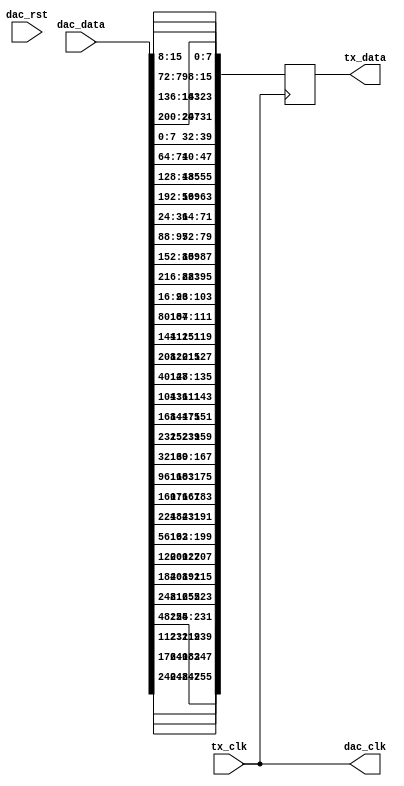
// ***************************************************************************
// ***************************************************************************
// Copyright 2014 - 2017 (c) Analog Devices, Inc. All rights reserved.
//
// In this HDL repository, there are many different and unique modules, consisting
// of various HDL (Verilog or VHDL) components. The individual modules are
// developed independently, and may be accompanied by separate and unique license
// terms.
//
// The user should read each of these license terms, and understand the
// freedoms and responsibilities that he or she has by using this source/core.
//
// This core is distributed in the hope that it will be useful, but WITHOUT ANY
// WARRANTY; without even the implied warranty of MERCHANTABILITY or FITNESS FOR
// A PARTICULAR PURPOSE.
//
// Redistribution and use of source or resulting binaries, with or without modification
// of this file, are permitted under one of the following two license terms:
//
//   1. The GNU General Public License version 2 as published by the
//      Free Software Foundation, which can be found in the top level directory
//      of this repository (LICENSE_GPL2), and also online at:
//      <https://www.gnu.org/licenses/old-licenses/gpl-2.0.html>
//
// OR
//
//   2. An ADI specific BSD license, which can be found in the top level directory
//      of this repository (LICENSE_ADIBSD), and also on-line at:
//      https://github.com/analogdevicesinc/hdl/blob/master/LICENSE_ADIBSD
//      This will allow to generate bit files and not release the source code,
//      as long as it attaches to an ADI device.
//
// ***************************************************************************
// ***************************************************************************

`timescale 1ns / 1ps

module axi_ad9162_if (

  // jesd interface
  // tx_clk is (line-rate/40)

  input                   tx_clk,
  output  reg [255:0]     tx_data,

  // dac interface

  output                  dac_clk,
  input                   dac_rst,
  input       [255:0]     dac_data);

  // reorder data for the jesd links

  assign dac_clk = tx_clk;

  always @(posedge tx_clk) begin
    tx_data[255:248] <= dac_data[247:240];
    tx_data[247:240] <= dac_data[183:176];
    tx_data[239:232] <= dac_data[119:112];
    tx_data[231:224] <= dac_data[ 55: 48];
    tx_data[223:216] <= dac_data[255:248];
    tx_data[215:208] <= dac_data[191:184];
    tx_data[207:200] <= dac_data[127:120];
    tx_data[199:192] <= dac_data[ 63: 56];
    tx_data[191:184] <= dac_data[231:224];
    tx_data[183:176] <= dac_data[167:160];
    tx_data[175:168] <= dac_data[103: 96];
    tx_data[167:160] <= dac_data[ 39: 32];
    tx_data[159:152] <= dac_data[239:232];
    tx_data[151:144] <= dac_data[175:168];
    tx_data[143:136] <= dac_data[111:104];
    tx_data[135:128] <= dac_data[ 47: 40];
    tx_data[127:120] <= dac_data[215:208];
    tx_data[119:112] <= dac_data[151:144];
    tx_data[111:104] <= dac_data[ 87: 80];
    tx_data[103: 96] <= dac_data[ 23: 16];
    tx_data[ 95: 88] <= dac_data[223:216];
    tx_data[ 87: 80] <= dac_data[159:152];
    tx_data[ 79: 72] <= dac_data[ 95: 88];
    tx_data[ 71: 64] <= dac_data[ 31: 24];
    tx_data[ 63: 56] <= dac_data[199:192];
    tx_data[ 55: 48] <= dac_data[135:128];
    tx_data[ 47: 40] <= dac_data[ 71: 64];
    tx_data[ 39: 32] <= dac_data[  7:  0];
    tx_data[ 31: 24] <= dac_data[207:200];
    tx_data[ 23: 16] <= dac_data[143:136];
    tx_data[ 15:  8] <= dac_data[ 79: 72];
    tx_data[  7:  0] <= dac_data[ 15:  8];
  end

endmodule

// ***************************************************************************
// ***************************************************************************